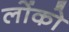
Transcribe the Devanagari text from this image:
लोंको